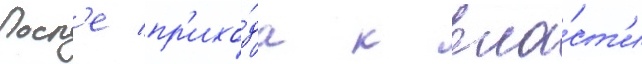
Посл'е пр'ихо́да к вла́ст'и